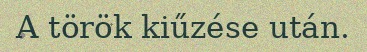
A török kiűzése után.